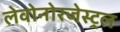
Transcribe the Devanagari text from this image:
लेवोनोरजेस्ट्रल